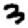
Digit: 3